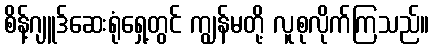
စိန့်ဂျူဒ်ဆေးရုံရှေ့တွင် ကျွန်မတို့ လူစုလိုက်ကြသည်။